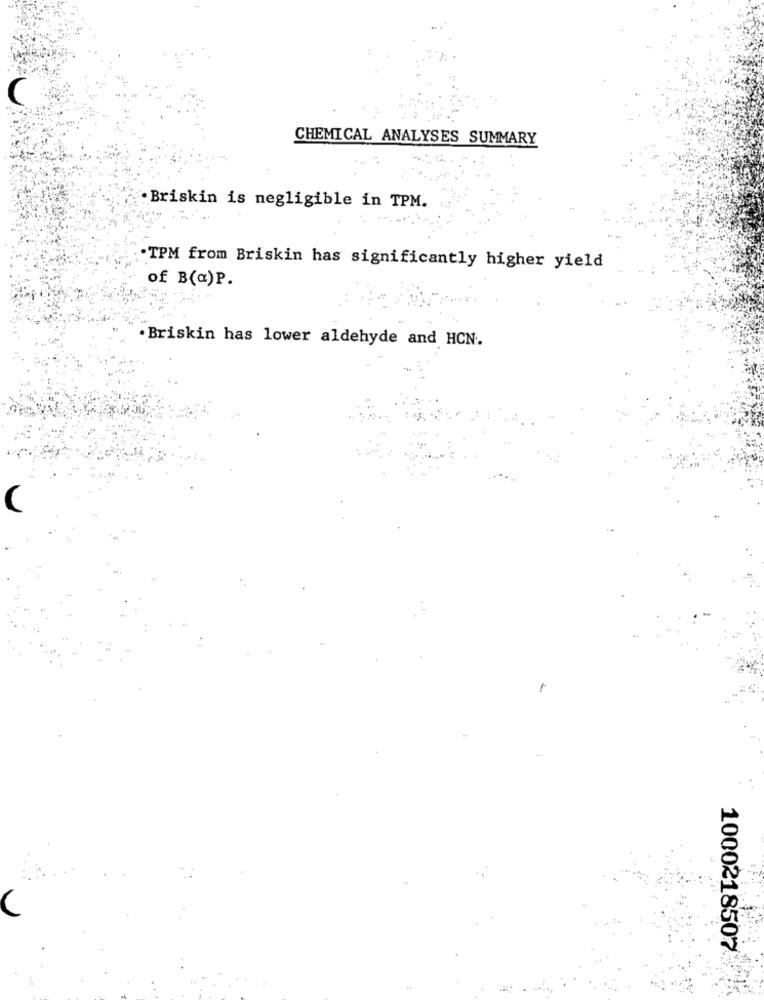
C
CHEMICAL ANALYSES SUMMARY
Briskin is negligible in TPM.
TPM from Briskin has significantly higher yield
of B(a)P.
· Briskin has lower aldehyde and HCN.
1000218507